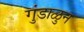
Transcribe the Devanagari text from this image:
गुंडाळुन